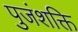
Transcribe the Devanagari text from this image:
पुजंशक्ति